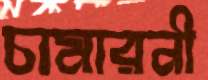
চামারনী